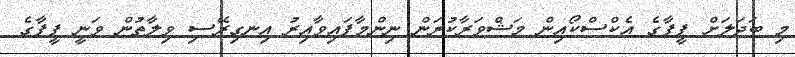
މި ބަދަލަށް ފީފާގެ އެކްސްކޯއިން މަޝްވަރާކުރަން ނިންމާފައިވާއިރު އިނގިރޭސި ވިލާތުން ވަނީ ފީފާގެ